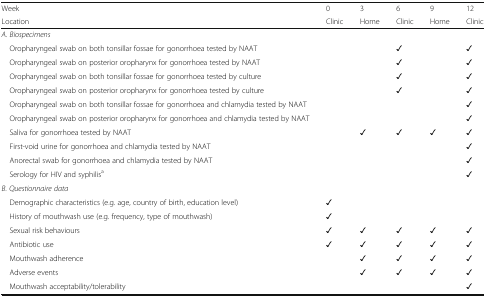
<table><thead><tr><td><b>Week</b></td><td><b>0</b></td><td><b>3</b></td><td><b>6</b></td><td><b>9</b></td><td><b>12</b></td></tr><tr><td><b>Location</b></td><td><b>Clinic</b></td><td><b>Home</b></td><td><b>Clinic</b></td><td><b>Home</b></td><td><b>Clinic</b></td></tr></thead><tbody><tr><td colspan="6"><i>A. Biospecimens</i></td></tr><tr><td> Oropharyngeal swab on both tonsillar fossae for gonorrhoea tested by NAAT</td><td></td><td></td><td>✓</td><td></td><td>✓</td></tr><tr><td> Oropharyngeal swab on posterior oropharynx for gonorrhoea tested by NAAT</td><td></td><td></td><td>✓</td><td></td><td>✓</td></tr><tr><td> Oropharyngeal swab on both tonsillar fossae for gonorrhoea tested by culture</td><td></td><td></td><td>✓</td><td></td><td>✓</td></tr><tr><td> Oropharyngeal swab on posterior oropharynx for gonorrhoea tested by culture</td><td></td><td></td><td>✓</td><td></td><td>✓</td></tr><tr><td> Oropharyngeal swab on both tonsillar fossae for gonorrhoea and chlamydia tested by NAAT</td><td></td><td></td><td></td><td></td><td>✓</td></tr><tr><td> Oropharyngeal swab on posterior oropharynx for gonorrhoea and chlamydia tested by NAAT</td><td></td><td></td><td></td><td></td><td>✓</td></tr><tr><td> Saliva for gonorrhoea tested by NAAT</td><td></td><td>✓</td><td>✓</td><td>✓</td><td>✓</td></tr><tr><td> First-void urine for gonorrhoea and chlamydia tested by NAAT</td><td></td><td></td><td></td><td></td><td>✓</td></tr><tr><td> Anorectal swab for gonorrhoea and chlamydia tested by NAAT</td><td></td><td></td><td></td><td></td><td>✓</td></tr><tr><td> Serology for HIV and syphilis<sup>a</sup></td><td></td><td></td><td></td><td></td><td>✓</td></tr><tr><td colspan="6"><i>B. Questionnaire data</i></td></tr><tr><td> Demographic characteristics (e.g. age, country of birth, education level)</td><td>✓</td><td></td><td></td><td></td><td></td></tr><tr><td> History of mouthwash use (e.g. frequency, type of mouthwash)</td><td>✓</td><td></td><td></td><td></td><td></td></tr><tr><td> Sexual risk behaviours</td><td>✓</td><td>✓</td><td>✓</td><td>✓</td><td>✓</td></tr><tr><td> Antibiotic use</td><td>✓</td><td>✓</td><td>✓</td><td>✓</td><td>✓</td></tr><tr><td> Mouthwash adherence</td><td></td><td>✓</td><td>✓</td><td>✓</td><td>✓</td></tr><tr><td> Adverse events</td><td></td><td>✓</td><td>✓</td><td>✓</td><td>✓</td></tr><tr><td> Mouthwash acceptability/tolerability</td><td></td><td></td><td></td><td></td><td>✓</td></tr></tbody></table>